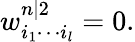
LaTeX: w_{i_{1}\cdots i_{l}}^{n|2}=0.